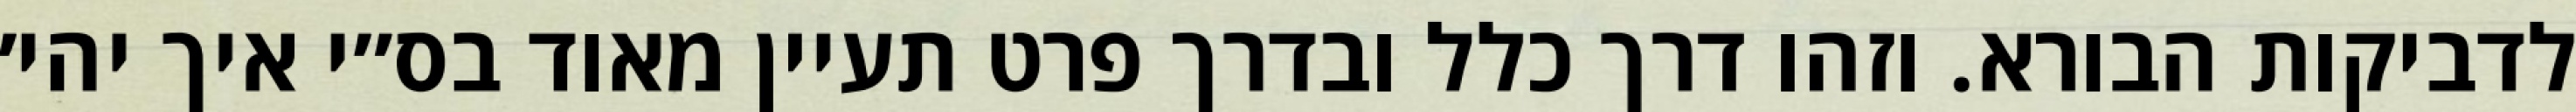
לדביקות הבורא. וזהו דרך כלל ובדרך פרט תעיין מאוד בס״י איך יהי׳